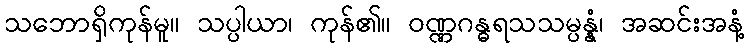
သဘောရှိကုန်မူ။ သပ္ပါယာ၊ ကုန်၏။ ဝဏ္ဏဂန္ဓရသသမ္ပန္နံ၊ အဆင်းအနံ့